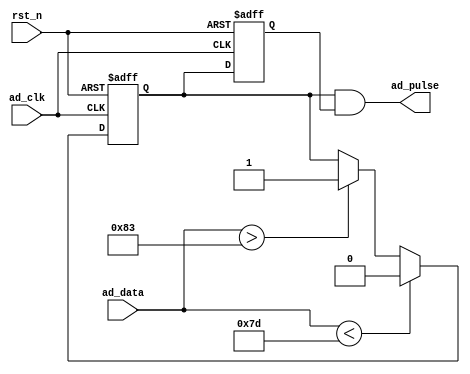
module pulse(
	input rst_n, //

//	input [13:0] trig_level,
	input ad_clk, //AD9280 
	input [7:0] ad_data, //AD 

	output ad_pulse //
);
	parameter THR_DATA = 3;
	reg pulse;
 	reg pulse_delay;
 	assign ad_pulse = pulse & pulse_delay;
	parameter trig_level = 8'd128;
 // AD 
 	always @ (posedge ad_clk or negedge rst_n)begin
 		if(!rst_n)
 			pulse <= 1'b0;
 		else begin
 			if((trig_level >= THR_DATA) && (ad_data < trig_level - THR_DATA))
 				pulse <= 1'b0;
 			else if(ad_data > trig_level + THR_DATA)
 				pulse <= 1'b1;
 		end 
 	end

 //
 	always @ (posedge ad_clk or negedge rst_n)begin
		if(!rst_n)
 			pulse_delay <= 1'b0;
		else
 			pulse_delay <= pulse;
 	end

endmodule